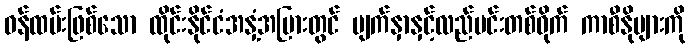
ဝန်ထမ်းဖြစ်သော ထိုင်းနိုင်ငံအနှံ့အပြားတွင် မျက်နှာနှင့်လည်ပင်းတစ်ဝိုက် ကာစီနိုများကို